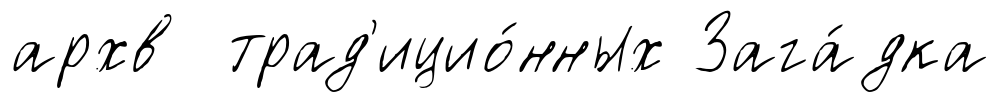
архв трад'ицио́нных Зага́дка